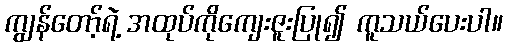
ကျွန်တော့်ရဲ့ အထုပ်ကိုကျေးဇူးပြု၍ ကူသယ်ပေးပါ။